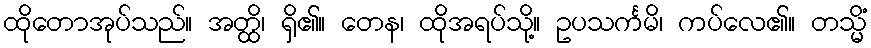
ထိုတောအုပ်သည်။ အတ္ထိ၊ ရှိ၏။ တေန၊ ထိုအရပ်သို့။ ဥပသင်္ကမိ၊ ကပ်လေ၏။ တသ္မိံ